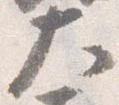
大